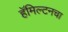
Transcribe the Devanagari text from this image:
हॅमिल्टनचा